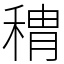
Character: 䅢